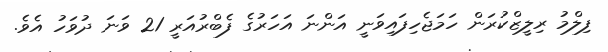
ފިލްމު ރިލީޒްކުރަން ހަމަޖެހިފައިވަނީ އަންނަ އަހަރުގެ ފެބްރުއަރީ 21 ވަނަ ދުވަހު އެވެ.